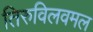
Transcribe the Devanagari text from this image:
तिरुविलवमल